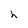
Character: h